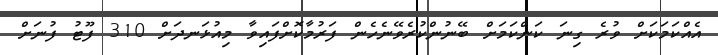
އެއްކަމަކަށް ވުރެ ގިނަ ކަންކަމަށް ބޭނުންކުރެވޭނެހެން ފަރުމާކޮށްފައިވާ މިއުޅަނދަށް 310 ފޫޓު ފުނަށް